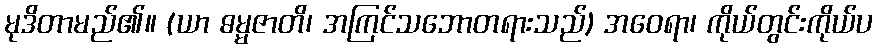
မုဒိတာမည်၏။ (ယာ ဓမ္မဇာတိ၊ အကြင်သဘောတရားသည်) အဝေရာ၊ ကိုယ်တွင်းကိုယ်ပ